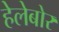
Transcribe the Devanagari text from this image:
हेलेबोर